Document type: Endowment
Year: 1330
Scribe: Arnau [Delpàs]
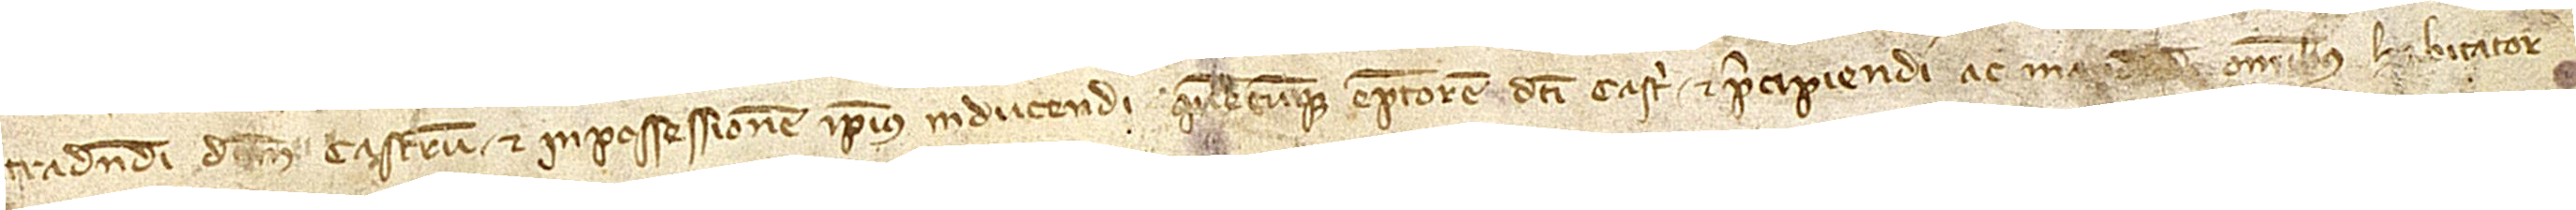
tradendi dictum castrum et in possessionem ipsius inducendi quecumque emptorem dicti castri et percipiendi ac ma[ndandi] omnibus habitator-